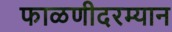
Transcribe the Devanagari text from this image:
फाळणीदरम्यान